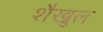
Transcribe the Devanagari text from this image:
शैखुल